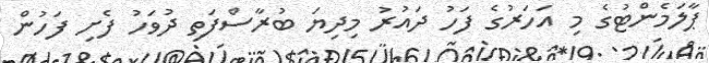
ޕާލަމެންޓުގެ މި އަހަރުގެ ފަހު ދައުރު މިދިޔަ ބުރާސްފަތި ދުވަހު ފެށި ފަހުން